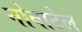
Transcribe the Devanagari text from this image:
नोवाटेल